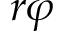
r \varphi